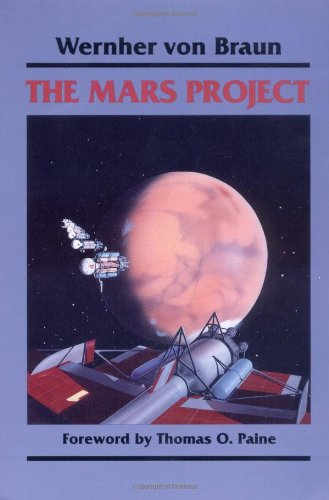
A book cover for The Mars Project; Wernher Von Braun; Science Fiction & Fantasy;